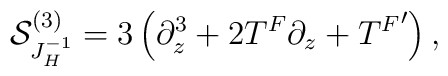
{\cal S}^{(3)}_{J_H^{-1}}=3\left(\partial_z^3+2T^F\partial_z+{T^F}'\right),